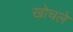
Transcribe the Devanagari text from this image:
खोचले